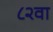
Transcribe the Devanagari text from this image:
८२वा